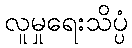
လူမှုရေးသိပ္ပံ